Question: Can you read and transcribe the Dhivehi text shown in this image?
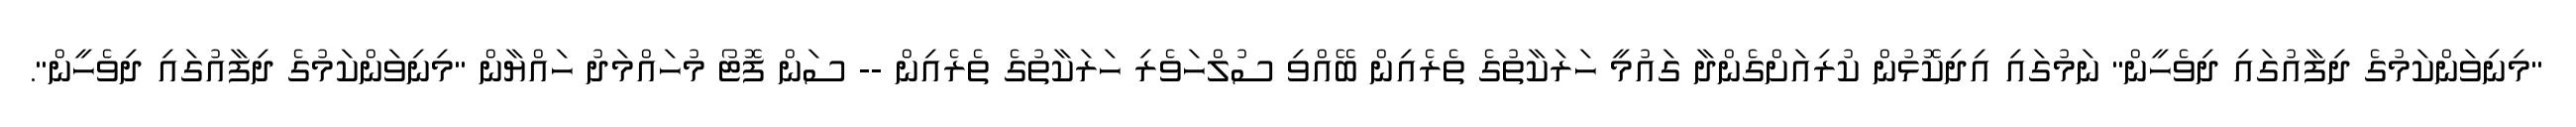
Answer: "މިނިވަންކަމުގެ ދިފާއުގައި ދިވެހީން" ނަމުގައި އިދިކޮޅުން ކުރިއަށްގެންދާ ގައުމީ ހަރަކާތުގެ ތެރެއިން ބޭއްވި ސުލްހަވެރި ހަރަކާތުގެ ތެރެއިން -- ސަން ފޮޓޯ މުހައްމަދު ހައްޔާން "މިނިވަންކަމުގެ ދިފާއުގައި ދިވެހީން".